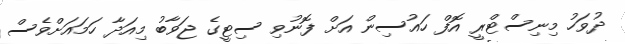
ދުވަހު މިނިސްޓްރީ އޮފް ހައުސިން އަށް ފޮނުވި ސިޓީގެ ޖަވާބު މިއަދާ ހަމައަށްވެސް